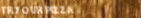
TryOurPizza